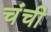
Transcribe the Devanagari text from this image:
चंची